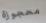
محجوزة